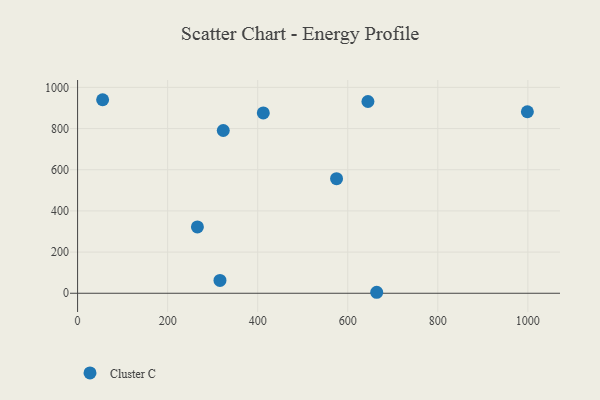
{"axis": {"x": "Price", "y": "Salary"}, "legend": ["Cluster C"], "data": [{"x": "664.3", "y": 4.8, "type": "Cluster C"}, {"x": "575.1", "y": 556.7, "type": "Cluster C"}, {"x": "412.4", "y": 875.8, "type": "Cluster C"}, {"x": "266.1", "y": 322.1, "type": "Cluster C"}, {"x": "323.5", "y": 790.5, "type": "Cluster C"}, {"x": "55.6", "y": 940.0, "type": "Cluster C"}, {"x": "644.8", "y": 931.4, "type": "Cluster C"}, {"x": "316.2", "y": 62.3, "type": "Cluster C"}, {"x": "998.9", "y": 881.6, "type": "Cluster C"}]}